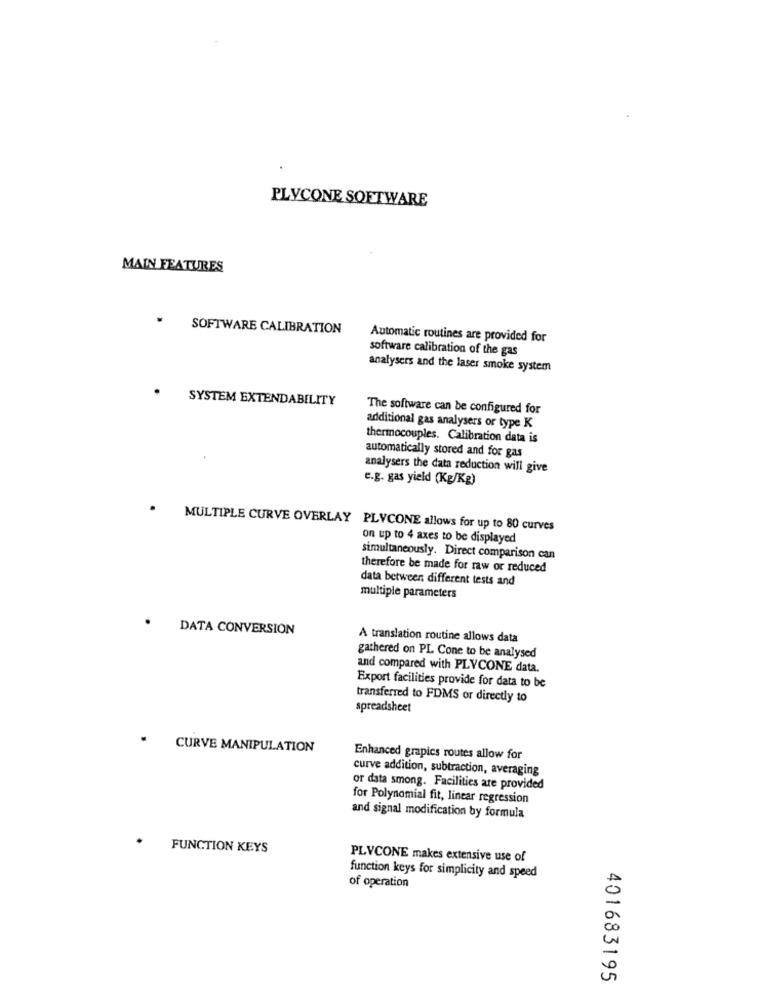
PLYCONE SOFTWARE
MAIN FEATURES
SOFTWARE CALIBRATION
Automatic routines are provided for
software calibration of the gas
analysers and the laser smoke system
SYSTEM EXTENDABILITY
The software can be configured for
additional gas analysers or type K
thermocouples. Calibration data is
automatically stored and for gas
analysers the data reduction will give
e.g. gas yield (Kg/Kg)
MULTIPLE CURVE OVERLAY PLYCONE allows for up to 80 curves
on up to 4 axes to be displayed
simultaneously. Direct comparison can
therefore be made for raw or reduced
data between different tests and
multiple parameters
DATA CONVERSION
A translation routine allows data
gathered on PL Cone to be analysed
and compared with PLVCONE data.
Export facilities provide for data to be
transferred to FDMS or directly to
spreadsheet
CURVE MANIPULATION
Enhanced grapics routes allow for
curve addition, subtraction, averaging
or data smong. Facilities are provided
for Polynomial fit, linear regression
and signal modification by formula
FUNCTION KEYS
PLVCONE makes extensive use of
function keys for simplicity and speed
of operation
401683195